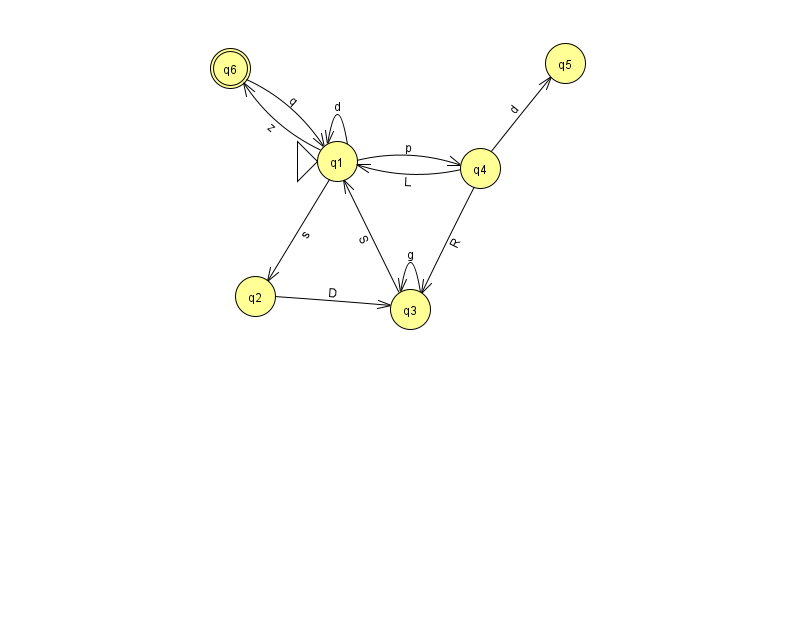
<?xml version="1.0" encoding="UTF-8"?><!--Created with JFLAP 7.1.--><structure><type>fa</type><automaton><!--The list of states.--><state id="1" name="q1"><x>337.0</x><y>148.0</y><initial/></state><state id="2" name="q2"><x>255.0</x><y>283.0</y></state><state id="3" name="q3"><x>410.0</x><y>296.0</y></state><state id="4" name="q4"><x>480.0</x><y>155.0</y></state><state id="5" name="q5"><x>565.0</x><y>50.0</y></state><state id="6" name="q6"><x>230.0</x><y>55.0</y><final/></state><!--The list of transitions.--><transition><from>1</from><to>6</to><read>z</read></transition><transition><from>2</from><to>3</to><read>D</read></transition><transition><from>4</from><to>3</to><read>R</read></transition><transition><from>1</from><to>1</to><read>d</read></transition><transition><from>3</from><to>3</to><read>g</read></transition><transition><from>4</from><to>1</to><read>L</read></transition><transition><from>4</from><to>5</to><read>d</read></transition><transition><from>3</from><to>1</to><read>S</read></transition><transition><from>1</from><to>4</to><read>p</read></transition><transition><from>6</from><to>1</to><read>q</read></transition><transition><from>1</from><to>2</to><read>s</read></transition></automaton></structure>